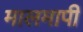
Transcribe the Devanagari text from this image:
मालमापी